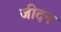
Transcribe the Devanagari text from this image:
जीदन